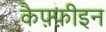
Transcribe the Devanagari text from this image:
कैफ़्फ़ीइन